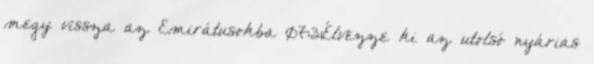
megy vissza az Emirátusokba 07:31Élvezze ki az utolsó nyárias